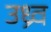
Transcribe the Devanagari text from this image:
उध्र्व